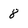
Character: 8